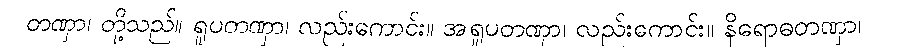
တဏှာ၊ တို့သည်။ ရူပတဏှာ၊ လည်းကောင်း။ အရူပတဏှာ၊ လည်းကောင်း။ နိရောဓတဏှာ၊